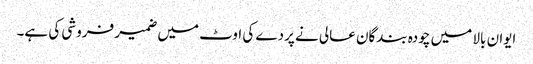
ایوان بالا میں چودہ بندگان عالی نے پردے کی اوٹ میں ضمیر فروشی کی ہے۔